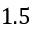
1 . 5